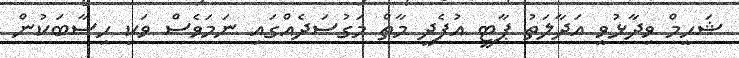
ޝަހީމް ވިދާޅުވީ އަދާލަތު ޕާޓީ އުފެދީ މާތް މަގުސަދެއްގައި ނަމަވެސް ވަކި ހިސާބަކުން